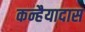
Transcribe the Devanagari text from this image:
कन्हैयादास